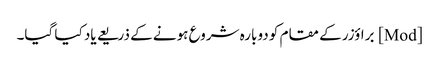
[Mod] براؤزر کے مقام کو دوبارہ شروع ہونے کے ذریعے یاد کیا گیا۔